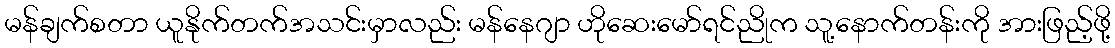
မန်ချက်စတာ ယူနိုက်တက်အသင်းမှာလည်း မန်နေဂျာ ဟိုဆေးမော်ရင်ညိုက သူ့နောက်တန်းကို အားဖြည့်ဖို့